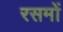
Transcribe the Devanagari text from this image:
रसमों